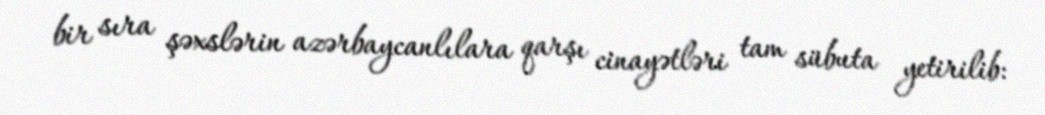
bir sıra şəxslərin azərbaycanlılara qarşı cinayətləri tam sübuta yetirilib: